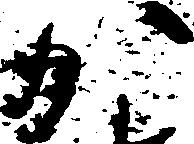
か